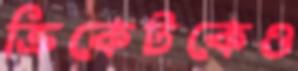
ক্রিকেটকেও